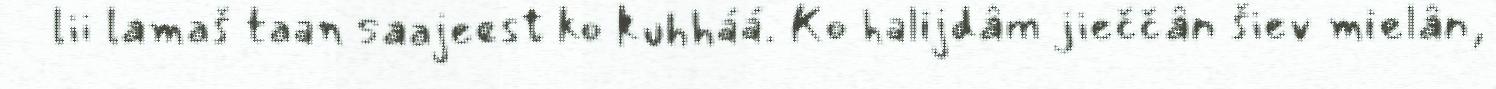
lii lamaš taan saajeest ko kuhháá. Ko halijdâm jieččân šiev mielân,